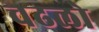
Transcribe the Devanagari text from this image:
चढलो